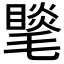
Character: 𣰍